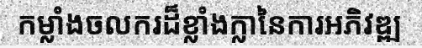
កម្លាំងចលករដ៏ខ្លាំងក្លានៃការអភិវឌ្ឍ